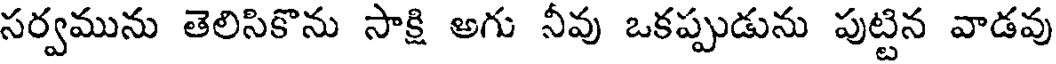
సర్వమును తెలిసికొను సాక్షి అగు నీవు ఒకప్పుడును పుట్టిన వాడవు